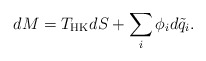
\begin{align*}dM = T_{\rm HK}dS +\sum_i \phi_i d\tilde q_i.\end{align*}